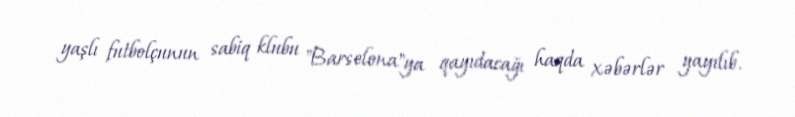
yaşlı futbolçunun sabiq klubu "Barselona"ya qayıdacağı haqda xəbərlər yayılıb.